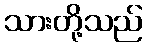
သားတို့သည်